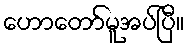
ဟောတော်မူအပ်ပြီ။